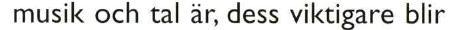
musik och tal är, dess viktigare blir